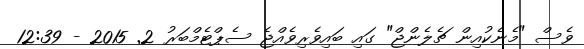
ވެސް "މެނެކުއިން ޗެލެންޖް" ގައި ބައިވެރިވެއްޖެ ސެޕްޓެމްބަރު 2